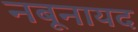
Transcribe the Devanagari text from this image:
नबूनायद